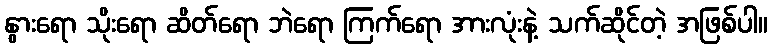
နွားရော သိုးရော ဆိတ်ရော ဘဲရော ကြက်ရော အားလုံးနဲ့ သက်ဆိုင်တဲ့ အဖြစ်ပါ။